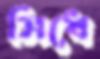
সিধে